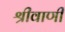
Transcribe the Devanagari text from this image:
श्रीवाणी